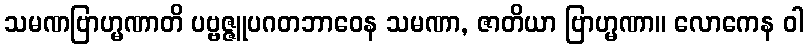
သမဏဗြာဟ္မဏာတိ ပဗ္ဗဇ္ဇူပဂတဘာဝေန သမဏာ, ဇာတိယာ ဗြာဟ္မဏာ။ လောကေန ဝါ